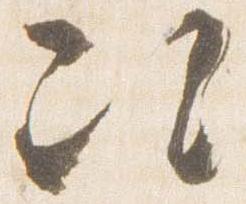
次